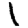
Digit: 1